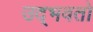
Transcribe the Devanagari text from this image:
उद्‌भवतो